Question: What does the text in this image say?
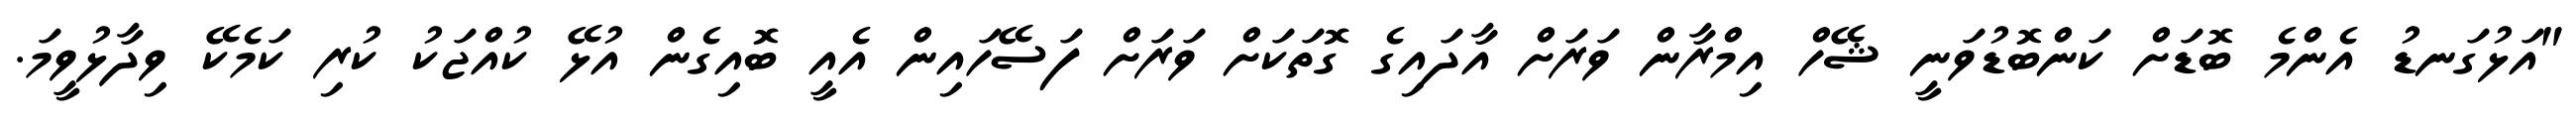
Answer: "އަޅުގަނޑު އެންމެ ބޮޑަށް ކަންބޮޑުވަނީ ޝޭހް އިމްރާން ވަރަށް އާދައިގެ ގޮތަކަށް ވަރަށް ފަސޭހައިން އެއީ ބޮއިގެން އުޅޭ ކުއްޖަކު ކުރި ކަމެކޭ ވިދާޅުވީމަ.